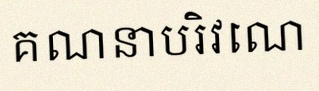
គណនាបរិវេណ